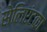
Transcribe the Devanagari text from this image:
सेलिएंटका